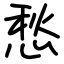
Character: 愁